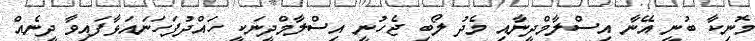
މޮނިކާ ބުނީ އޭނާ އިސްލާމްދީނާއި މެދު ލޯބި ޖެހުނީ އިސްލާމްދީނަކީ ހައްދުފަހަނައަޅާފައިވާ ދީނެއް